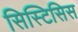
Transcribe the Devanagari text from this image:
सिस्टिसिस